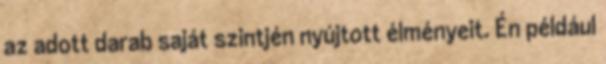
az adott darab saját szintjén nyújtott élményeit. Én például